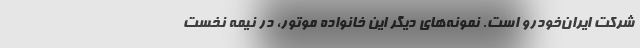
شرکت ایران‌خودرو است. نمونه‌های دیگر این خانواده موتور، در نیمه نخست